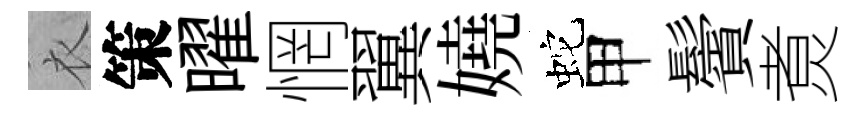
衣策曜惘翼嬈蛇甲鬢煑